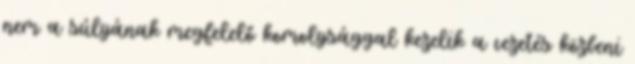
nem a súlyának megfelelő komolysággal kezelik a vezetés közbeni